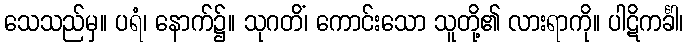
သေသည်မှ။ ပရံ၊ နောက်၌။ သုဂတိံ၊ ကောင်းသော သူတို့၏ လားရာကို။ ပါဋိကင်္ခါ၊